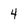
Character: 4